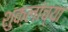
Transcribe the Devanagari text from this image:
शुक्लांच्या